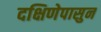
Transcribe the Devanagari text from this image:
दक्षिणेपासुन